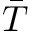
\bar { T }